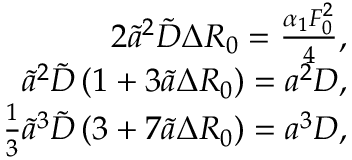
\begin{array} { r } { 2 \tilde { a } ^ { 2 } \tilde { D } \Delta R _ { 0 } = \frac { \alpha _ { 1 } F _ { 0 } ^ { 2 } } { 4 } , } \\ { \tilde { a } ^ { 2 } \tilde { D } \left( 1 + 3 \tilde { a } \Delta R _ { 0 } \right) = a ^ { 2 } D , } \\ { \frac { 1 } { 3 } \tilde { a } ^ { 3 } \tilde { D } \left( 3 + 7 \tilde { a } \Delta R _ { 0 } \right) = a ^ { 3 } D , } \end{array}